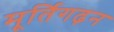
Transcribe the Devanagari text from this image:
मूर्तिगढ़न